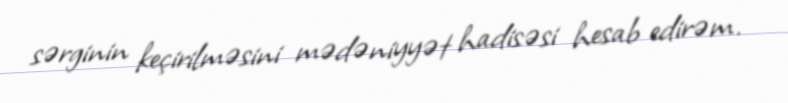
sərginin keçirilməsini mədəniyyət hadisəsi hesab edirəm.